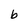
Character: b